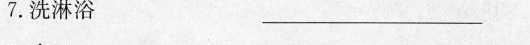
7. 洗淋浴 ——